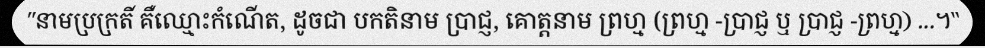
"នាមប្រក្រតី គឺឈ្មោះកំណើត, ដូចជា បកតិនាម ប្រាជ្ញ, គោត្តនាម ព្រហ្ម (ព្រហ្ម -ប្រាជ្ញ ឬ ប្រាជ្ញ -ព្រហ្ម) ...។"